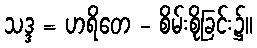
သဒ္ဒ = ဟရိတေ - စိမ်းစိုခြင်း၌။